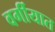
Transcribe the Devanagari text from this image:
वर्गीयात